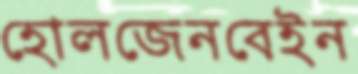
হোলজেনবেইন